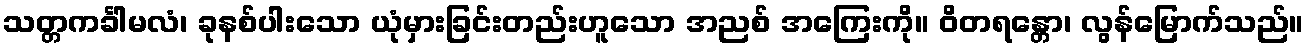
သတ္တကင်္ခါမလံ၊ ခုနစ်ပါးသော ယုံမှားခြင်းတည်းဟူသော အညစ် အကြေးကို။ ဝိတရန္တော၊ လွန်မြောက်သည်။